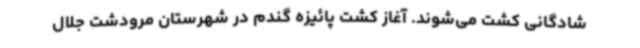
شادگانی کشت می‌شوند. آغاز کشت پائیزه گندم در شهرستان مرودشت جلال